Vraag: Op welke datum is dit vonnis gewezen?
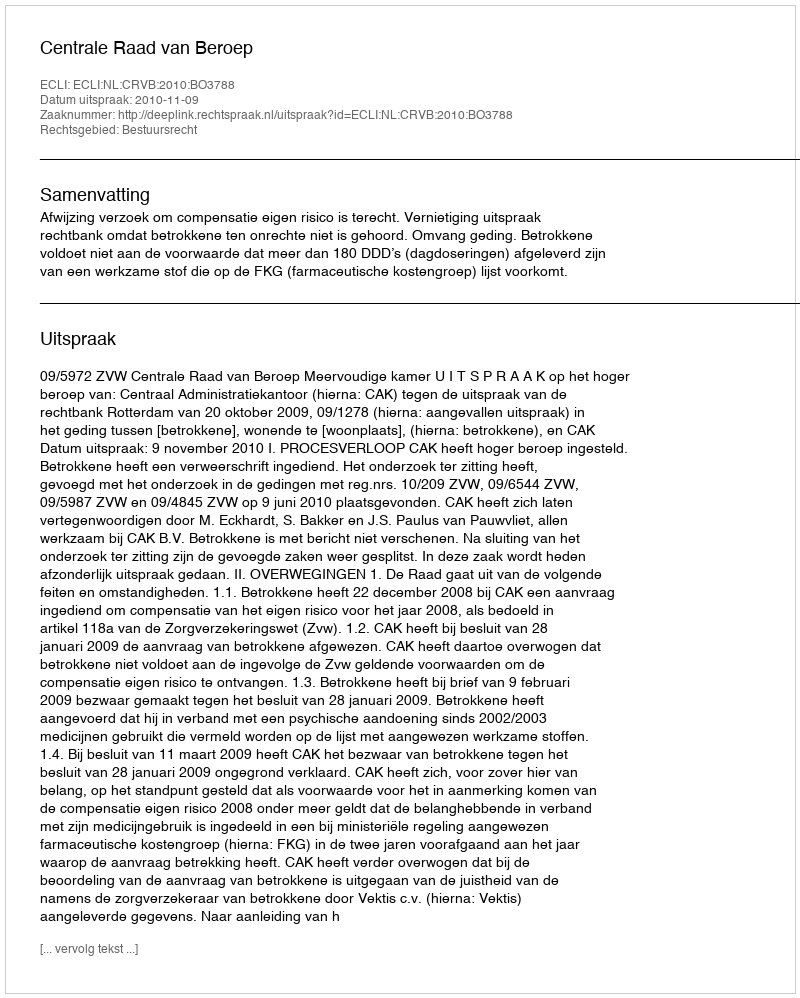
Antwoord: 2010-11-09